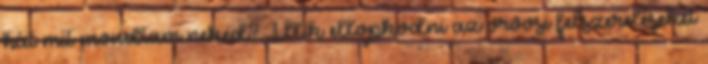
hát mit mondtam neked? Illik ellopkodni az orvosi felszereléseket